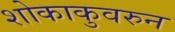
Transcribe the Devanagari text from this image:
शोकाकुवरुन